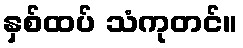
နှစ်ထပ် သံကုတင်။